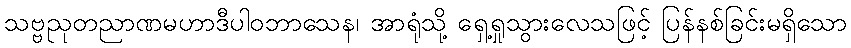
သဗ္ဗညုတညာဏမဟာဒီပါဝဘာသေန၊ အာရုံသို့ ရှေ့ရှုသွားလေသဖြင့် ပြန်နစ်ခြင်းမရှိသော